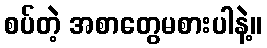
စပ်တဲ့ အစာတွေမစားပါနဲ့။